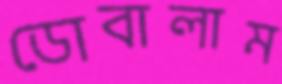
ডোবালাম